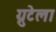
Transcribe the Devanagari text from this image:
ग्नुटेला